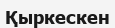
Қыркескен